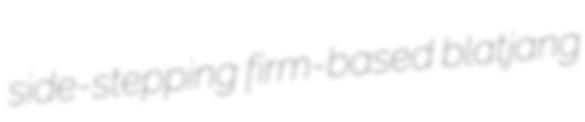
side-stepping firm-based blatjang